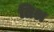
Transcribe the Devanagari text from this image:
तिश्र